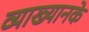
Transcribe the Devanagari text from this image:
व्याख्यानके